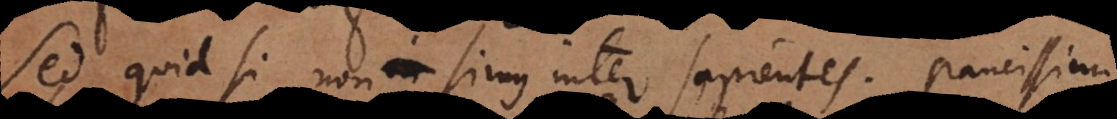
Sed quid si non simus inter sapientes; paucissimi